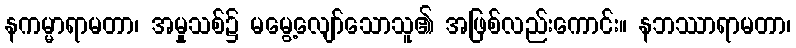
နကမ္မာရာမတာ၊ အမှုသစ်၌ မမွေ့လျော်သောသူ၏ အဖြစ်လည်းကောင်း။ နဘဿာရာမတာ၊